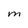
Character: M